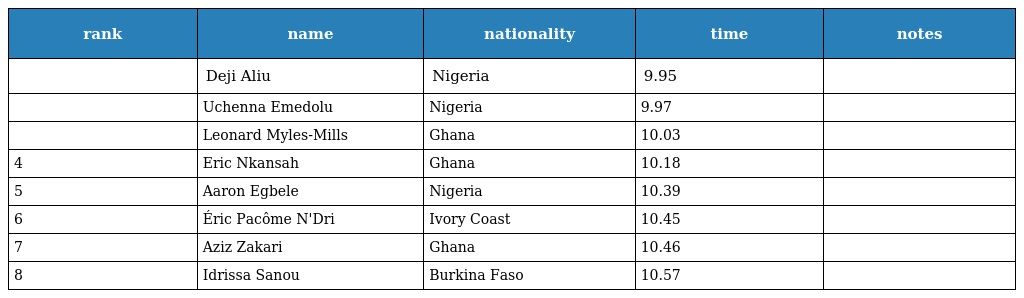
| rank | name | nationality | time | notes |
 | --- | --- | --- | --- | --- |
 |  | Deji Aliu | Nigeria | 9.95 |  |
 |  | Uchenna Emedolu | Nigeria | 9.97 |  |
 |  | Leonard Myles-Mills | Ghana | 10.03 |  |
 | 4 | Eric Nkansah | Ghana | 10.18 |  |
 | 5 | Aaron Egbele | Nigeria | 10.39 |  |
 | 6 | Éric Pacôme N'Dri | Ivory Coast | 10.45 |  |
 | 7 | Aziz Zakari | Ghana | 10.46 |  |
 | 8 | Idrissa Sanou | Burkina Faso | 10.57 |  |